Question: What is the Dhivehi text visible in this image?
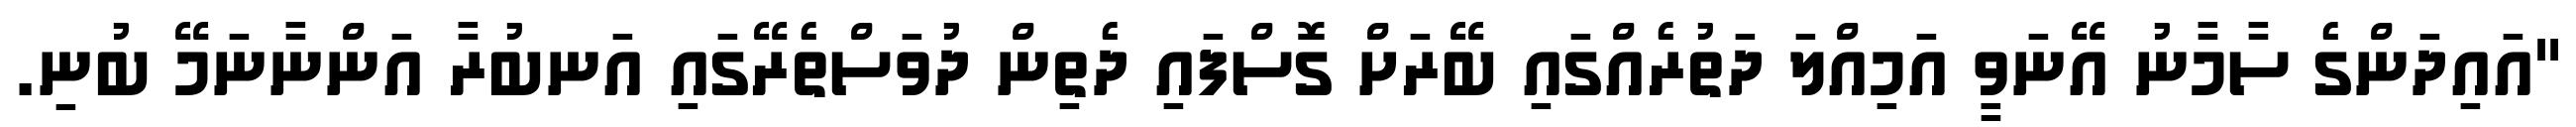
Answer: "އައިދަންގެ ސާމާނު އޭނަވީ އަމިއްލަ ދަތުރެއްގައި ބޭރަށް ގޮސްފައި ދެތިން ދުވަސްތެރޭގައި އަނބުރާ އަންނާނަމޭ ބުނި.